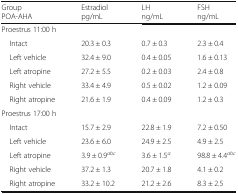
| GroupPOA-AHA | Estradiolpg/mL | LHng/mL | FSHng/mL |
 | --- | --- | --- | --- |
 | <COLSPAN=4> Proestrus 11:00 h |
 | Intact | 20.3 ± 0.3 | 0.7 ± 0.3 | 2.3 ± 0.4 |
 | Left vehicle | 32.4 ± 9.0 | 0.4 ± 0.05 | 1.6 ± 0.13 |
 | Left atropine | 27.2 ± 5.5 | 0.2 ± 0.03 | 2.4 ± 0.8 |
 | Right vehicle | 33.4 ± 4.9 | 0.5 ± 0.02 | 1.2 ± 0.09 |
 | Right atropine | 21.6 ± 1.9 | 0.4 ± 0.09 | 1.2 ± 0.3 |
 | <COLSPAN=4> Proestrus 17:00 h |
 | Intact | 15.7 ± 2.9 | 22.8 ± 1.9 | 7.2 ± 0.50 |
 | Left vehicle | 23.6 ± 6.0 | 24.9 ± 2.5 | 4.9 ± 2.5 |
 | Left atropine | 3.9 ± 0.9abc | 3.6 ± 1.5a | 98.8 ± 4.4abc |
 | Right vehicle | 37.2 ± 1.3 | 20.7 ± 1.8 | 4.1 ± 0.2 |
 | Right atropine | 33.2 ± 10.2 | 21.2 ± 2.6 | 8.3 ± 2.5 |